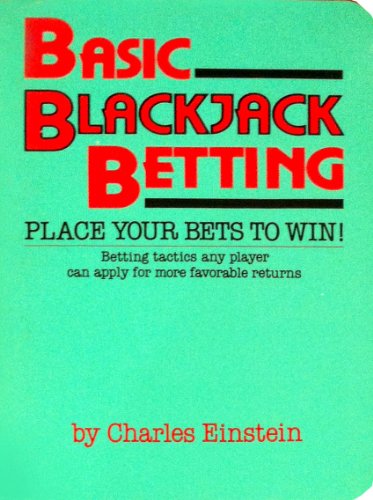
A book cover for Basic Blackjack Betting; Charles Einstein; Humor & Entertainment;